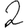
Digit: 2